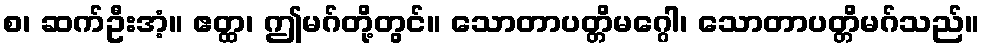
စ၊ ဆက်ဦးအံ့။ ဧတ္ထ၊ ဤမဂ်တို့တွင်။ သောတာပတ္တိမဂ္ဂေါ၊ သောတာပတ္တိမဂ်သည်။